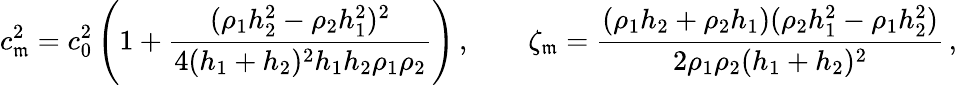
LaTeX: c_{\mathfrak{m}}^{2}=c_{0}^{2}\left(1+{\frac{{(\rho_{1}h_{2}^{2}-\rho_{2}h_{1}^{2})^{2}}}{{4(h_{1}+h_{2})^{2}h_{1}h_{2}\rho_{1}\rho_{2}}}}\right)\, ,\qquad\zeta_{\mathfrak{m}}={\frac{{(\rho_{1}h_{2}+\rho_{2}h_{1})(\rho_{2}h_{1}^{2}-\rho_{1}h_{2}^{2})}}{{2\rho_{1}\rho_{2}(h_{1}+h_{2})^{2}}}}\, ,